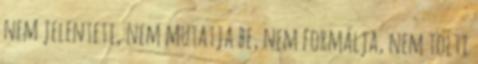
nem jelenteti, nem mutatja be, nem formálja, nem tölti